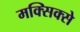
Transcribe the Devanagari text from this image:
मक्सिक्से